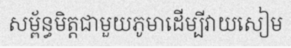
សម្ព័ន្ធមិត្តជាមួយភូមាដើម្បីវាយសៀម